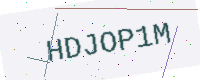
Text: HDJOP1M